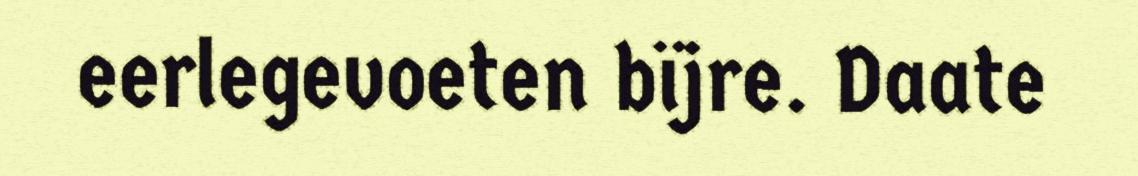
eerlegevoeten bïjre. Daate